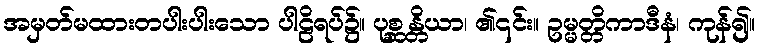
အမှတ်မထားတပါးပါးသော ပါဠိရပ်၌။ ပုစ္ဆန္တိယာ၊ ၏၎င်း။ ဥမ္မတ္တိကာဒီနံ၊ ကုန်၍။